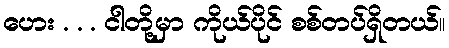
ဟေး . . . ငါတို့မှာ ကိုယ်ပိုင် စစ်တပ်ရှိတယ်။